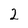
Character: 2